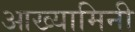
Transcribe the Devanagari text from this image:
आख्यामिनी